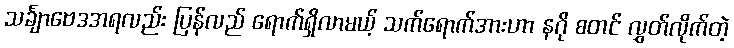
သင်္ချာဗေဒအရလည်း ပြန်လည် ရောက်ရှိလာမယ့် သက်ရောက်အားဟာ နဂို စတင် လွှတ်လိုက်တဲ့